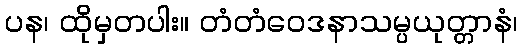
ပန၊ ထိုမှတပါး။ တံတံဝေဒနာသမ္ပယုတ္တာနံ၊